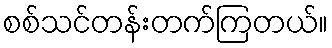
စစ်သင်တန်းတက်ကြတယ်။